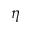
\eta